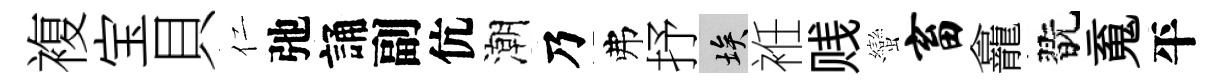
複宝貝仁弛誦副伉潮乃弗抒埃袵贱蠻畜龕翫䰟平